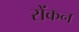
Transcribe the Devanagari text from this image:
रोंकन